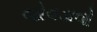
જોવડાવો